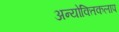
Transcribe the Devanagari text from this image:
अन्योक्तिकलाप